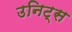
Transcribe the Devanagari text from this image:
उनिट्स